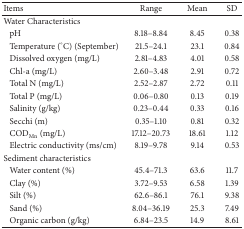
<table><thead><tr><td><b>Items</b></td><td><b>Range</b></td><td><b>Mean</b></td><td><b>SD</b></td></tr></thead><tbody><tr><td>Water Characteristics</td><td> </td><td> </td><td> </td></tr><tr><td>pH</td><td>8.18–8.84</td><td>8.45</td><td>0.38</td></tr><tr><td>Temperature (°C) (September)</td><td>21.5–24.1</td><td>23.1</td><td>0.84</td></tr><tr><td>Dissolved oxygen (mg/L)</td><td>2.81–4.83</td><td>4.01</td><td>0.58</td></tr><tr><td>Chl-a (mg/L)</td><td>2.60–3.48</td><td>2.91</td><td>0.72</td></tr><tr><td>Total N (mg/L)</td><td>2.52–2.87</td><td>2.72</td><td>0.11</td></tr><tr><td>Total P (mg/L)</td><td>0.06–0.80</td><td>0.13</td><td>0.19</td></tr><tr><td>Salinity (g/kg)</td><td>0.23–0.44</td><td>0.33</td><td>0.16</td></tr><tr><td>Secchi (m)</td><td>0.35–1.10</td><td>0.81</td><td>0.32</td></tr><tr><td>COD<sub>Mn</sub> (mg/L)</td><td>17.12–20.73</td><td>18.61</td><td>1.12</td></tr><tr><td>Electric conductivity (ms/cm)</td><td>8.19–9.78</td><td>9.14</td><td>0.53</td></tr><tr><td>Sediment characteristics</td><td> </td><td> </td><td> </td></tr><tr><td>Water content (%)</td><td>45.4–71.3</td><td>63.6</td><td>11.7</td></tr><tr><td>Clay (%)</td><td>3.72–9.53</td><td>6.58</td><td>1.39</td></tr><tr><td>Silt (%)</td><td>62.6–86.1</td><td>76.1</td><td>9.38</td></tr><tr><td>Sand (%)</td><td>8.04–36.19</td><td>25.3</td><td>7.49</td></tr><tr><td>Organic carbon (g/kg)</td><td>6.84–23.5</td><td>14.9</td><td>8.61</td></tr></tbody></table>